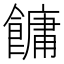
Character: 𩞋